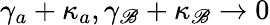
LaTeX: \gamma_{a}+\kappa_{a},\gamma_{\mathscr{B}}+\kappa_{\mathscr{B}}\rightarrow0